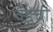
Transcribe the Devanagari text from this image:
वेडची